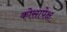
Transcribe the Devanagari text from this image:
कोसापेक्ष